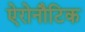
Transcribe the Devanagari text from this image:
ऐरोनौटिक